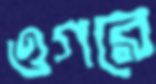
ওগরে